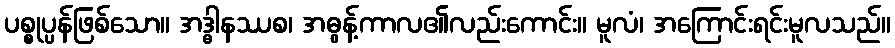
ပစ္စုပ္ပန်ဖြစ်သော။ အဒ္ဓါနဿစ၊ အဓွန့်ကာလ၏လည်းကောင်း။ မူလံ၊ အကြောင်းရင်းမူလသည်။